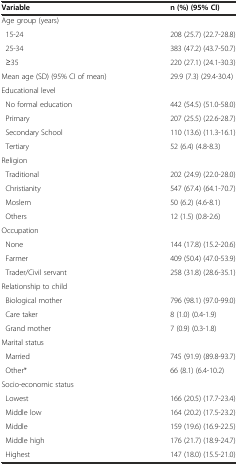
| Variable | n (%) (95% CI) |
 | --- | --- |
 | Age group (years) |  |
 | 15-24 | 208 (25.7) (22.7-28.8) |
 | 25-34 | 383 (47.2) (43.7-50.7) |
 | ≥35 | 220 (27.1) (24.1-30.3) |
 | Mean age (SD) (95% CI of mean) | 29.9 (7.3) (29.4-30.4) |
 | Educational level |  |
 | No formal education | 442 (54.5) (51.0-58.0) |
 | Primary | 207 (25.5) (22.6-28.7) |
 | Secondary School | 110 (13.6) (11.3-16.1) |
 | Tertiary | 52 (6.4) (4.8-8.3) |
 | Religion |  |
 | Traditional | 202 (24.9) (22.0-28.0) |
 | Christianity | 547 (67.4) (64.1-70.7) |
 | Moslem | 50 (6.2) (4.6-8.1) |
 | Others | 12 (1.5) (0.8-2.6) |
 | Occupation |  |
 | None | 144 (17.8) (15.2-20.6) |
 | Farmer | 409 (50.4) (47.0-53.9) |
 | Trader/Civil servant | 258 (31.8) (28.6-35.1) |
 | Relationship to child |  |
 | Biological mother | 796 (98.1) (97.0-99.0) |
 | Care taker | 8 (1.0) (0.4-1.9) |
 | Grand mother | 7 (0.9) (0.3-1.8) |
 | Marital status |  |
 | Married | 745 (91.9) (89.8-93.7) |
 | Other* | 66 (8.1) (6.4-10.2) |
 | Socio-economic status |  |
 | Lowest | 166 (20.5) (17.7-23.4) |
 | Middle low | 164 (20.2) (17.5-23.2) |
 | Middle | 159 (19.6) (16.9-22.5) |
 | Middle high | 176 (21.7) (18.9-24.7) |
 | Highest | 147 (18.0) (15.5-21.0) |